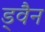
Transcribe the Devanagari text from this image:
ड्वैन